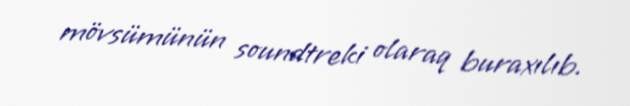
mövsümünün soundtreki olaraq buraxılıb.